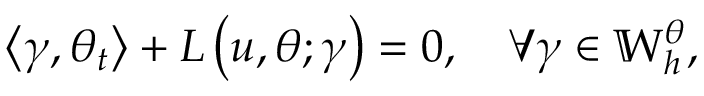
\left\langle \gamma , \theta _ { t } \right\rangle + L \left( u , \theta ; \gamma \right) = 0 , \quad \forall \gamma \in \mathbb { W } _ { h } ^ { \theta } ,